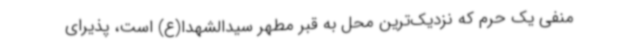
منفی یک حرم که نزدیک‌ترین محل به قبر مطهر سیدالشهدا(ع) است، پذیرای